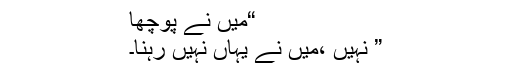
“میں نے پوچھا
” نہیں ،میں نے یہاں نہیں رہنا۔